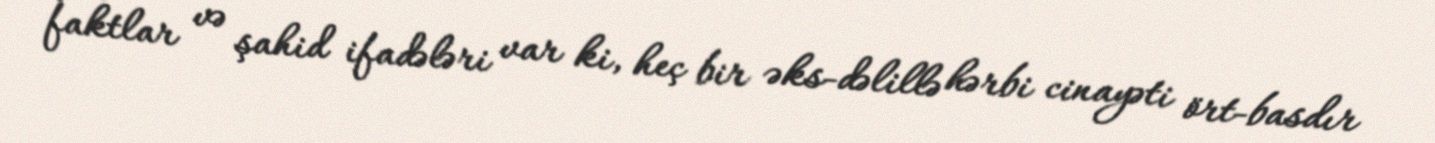
faktlar və şahid ifadələri var ki, heç bir əks-dəlillə hərbi cinayəti ört-basdır